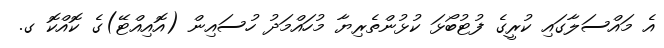
އެ މައްސަލާގައި ކުރީގެ ފުޓުބޯޅަ ކުޅުންތެރިޔާ މުހައްމަދު ހުސައިން (އޮއިއްޓޭ)ގެ ކޮއްކޮ ގ.